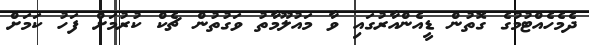
ދެމެހެއްޓުމުގެ ގޮތުން ޑީއެންއާރުގައި ވާ މައުލޫމާތު ވަގުތުން ޗެކް ކުރުމަށް ފަހު ކަމަށް